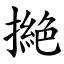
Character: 撧